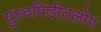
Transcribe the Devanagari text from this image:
युध्दपिडीतलोग